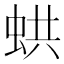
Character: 𧋄